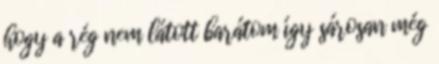
hogy a rég nem látott barátom így sárosan még